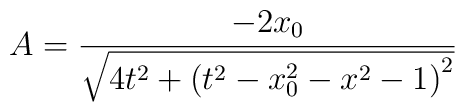
A=\frac{-2x_{0}}{\sqrt{4t^{2}+\left( t^{2}-x_{0}^{2}-x^{2}-1\right) ^{2}}}